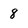
Character: 8